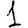
Digit: 1